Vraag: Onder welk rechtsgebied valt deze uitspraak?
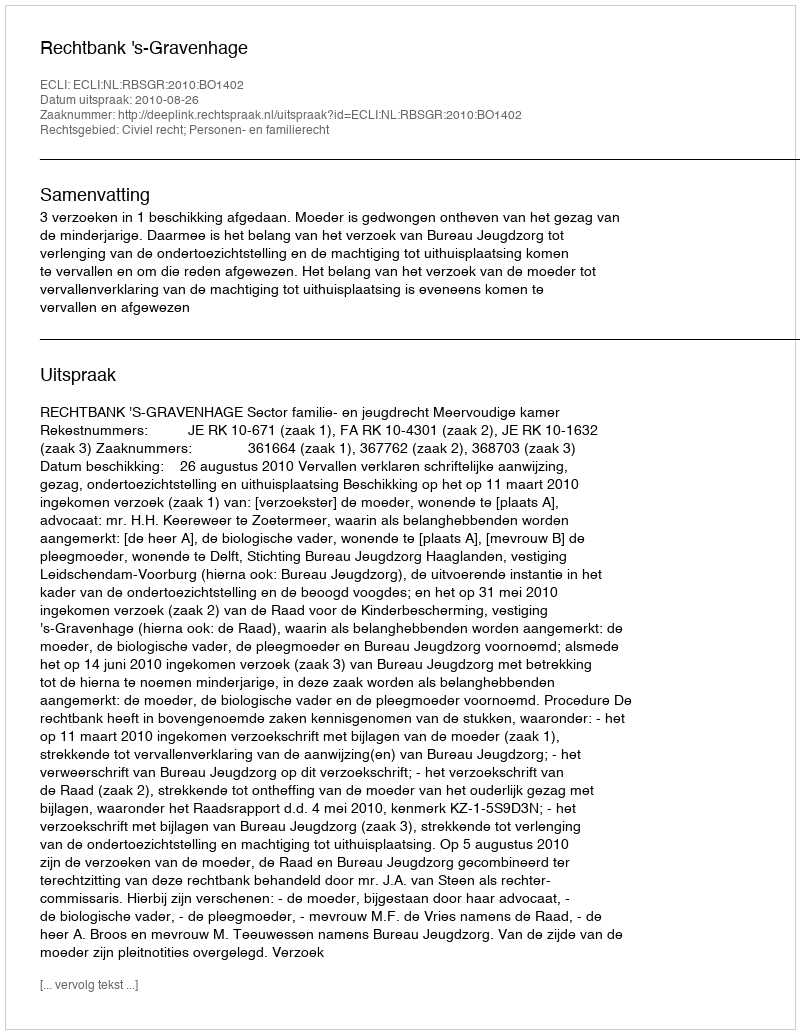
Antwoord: Civiel recht; Personen- en familierecht